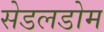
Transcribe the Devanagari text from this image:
सेडलडोम